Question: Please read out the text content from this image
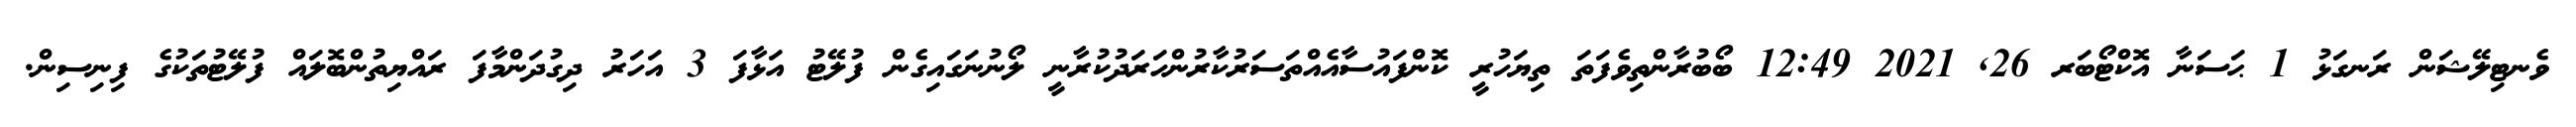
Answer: ވެނޓިލޭޝަން ރަނގަޅު 1 ޙަސަނާ އޮކްޓޯބަރ 26, 2021 12:49 ބޯބުރާންތިވެފަތަ ތިޔަހުރީ ކޮންފައުސާއެއްތަސަރުކާރުންހަރަދުކުރާނީ ލޯނުނަގައިގެން ފުލޭޓު އަޅާފަ 3 އަހަރު ދިގުދަންމާފަ ރައްޔިތުންބޮލައް ފުލޭޓުތަކުގެ ފިނިސިން.